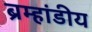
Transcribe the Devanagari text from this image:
ब्रम्हांडीय